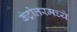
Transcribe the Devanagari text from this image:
कंट्रोलरमध्ये